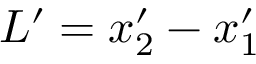
L ^ { \prime } = x _ { 2 } ^ { \prime } - x _ { 1 } ^ { \prime }